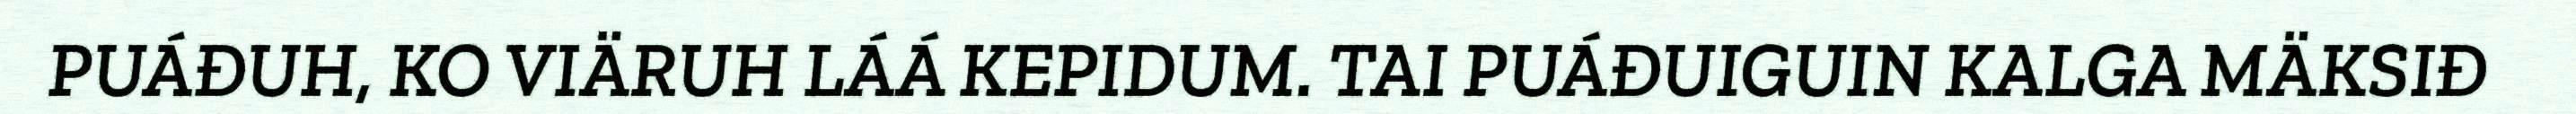
PUÁĐUH, KO VIÄRUH LÁÁ KEPIDUM. TAI PUÁĐUIGUIN KALGA MÄKSIĐ